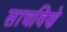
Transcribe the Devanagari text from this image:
साचविणे